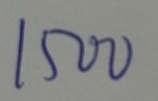
1500